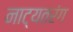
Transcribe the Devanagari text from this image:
नाट्यतरंग